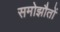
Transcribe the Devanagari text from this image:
समोझौतों